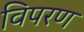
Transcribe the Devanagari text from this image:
विपरण